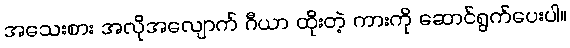
အသေးစား အလိုအလျောက် ဂီယာ ထိုးတဲ့ ကားကို ဆောင်ရွက်ပေးပါ။